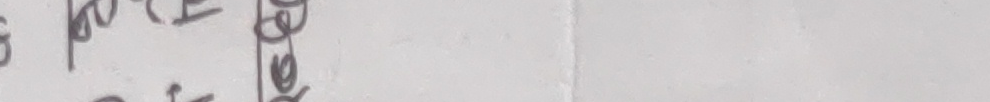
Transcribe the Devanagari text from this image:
प्र ढे९